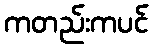
ကတည်းကပင်